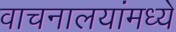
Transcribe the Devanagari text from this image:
वाचनालयांमध्ये